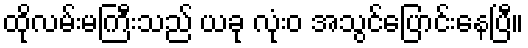
ထိုလမ်းမကြီးသည် ယခု လုံးဝ အသွင်ပြောင်းနေပြီ။